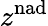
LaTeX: z^{\mathrm{nad}}